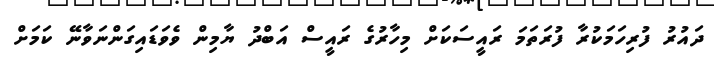
ދައުރު ފުރިހަމަކުރާ ފުރަތަމަ ރައީސަކަށް މިހާރުގެ ރައީސް އަބްދު ޔާމިން ވެވަޑައިގަންނަވާނޭ ކަމަށް